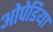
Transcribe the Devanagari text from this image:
ओपेडिया